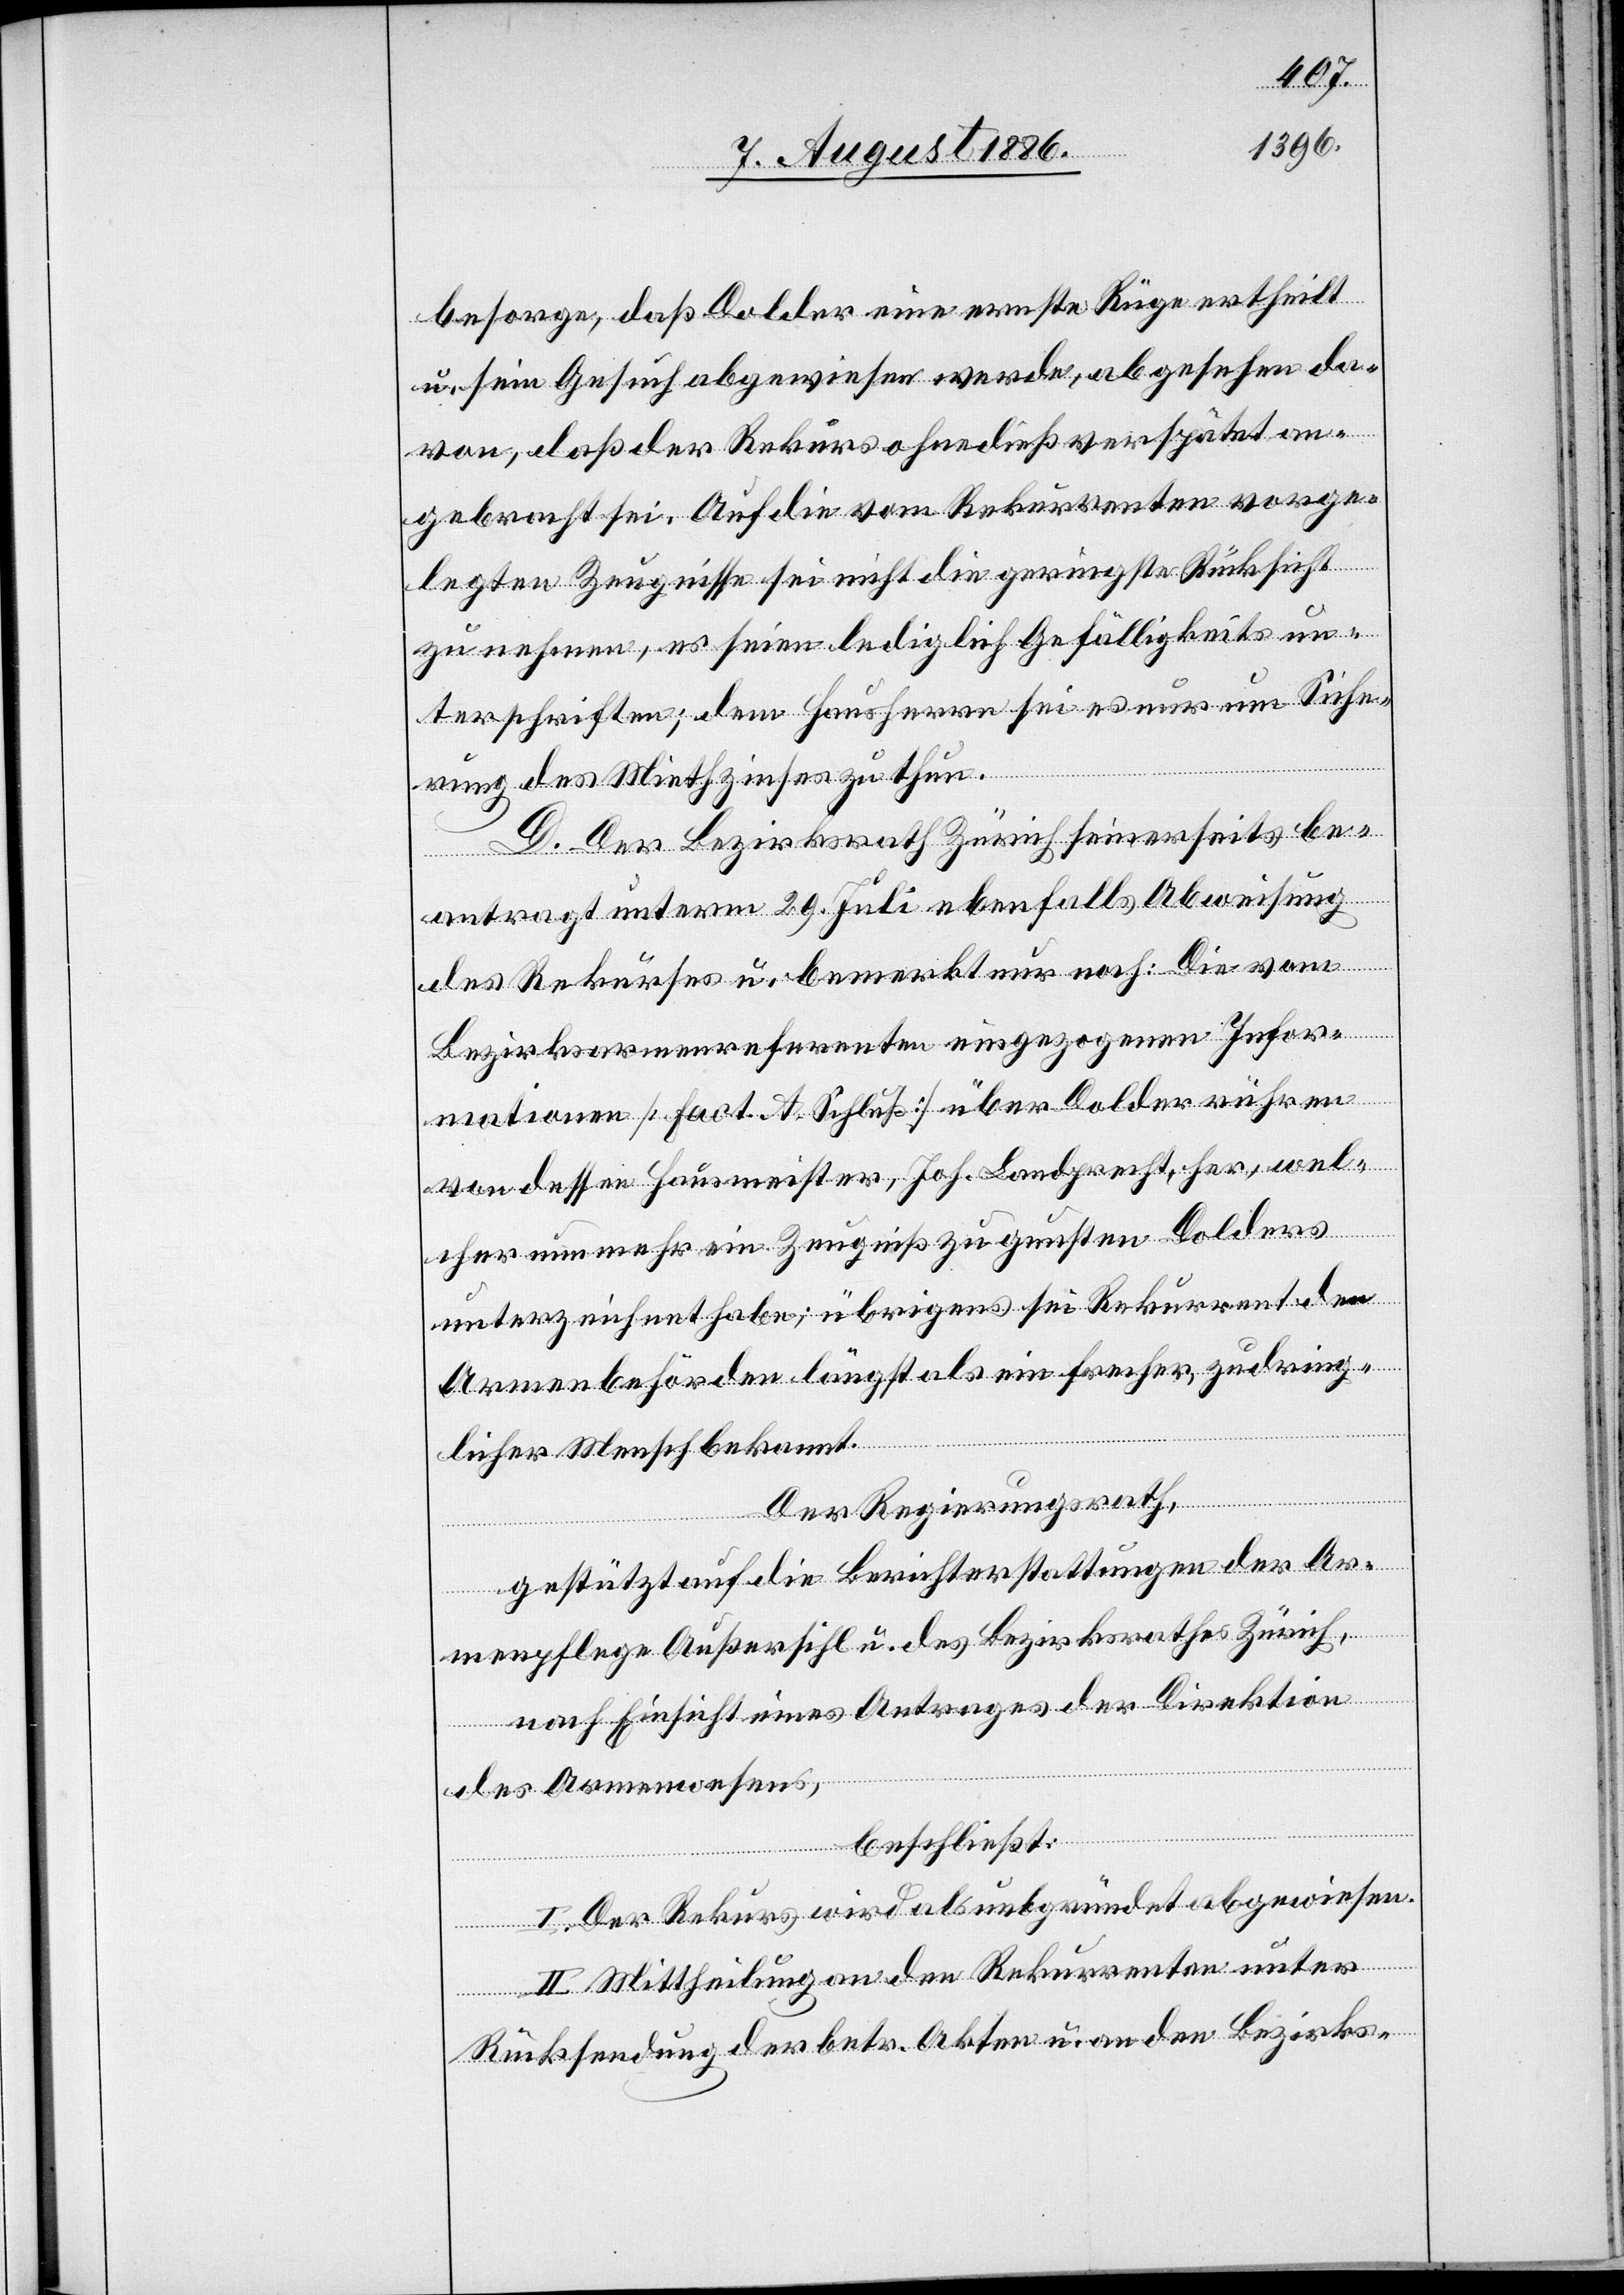
besorge, daß Dolder eine ernste Rüge ertheilt
u. sein Gesuch abgewiesen werde, abgesehen da¬
von, daß der Rekurs ohnedieß verspätet an¬
gebracht sei. Auf die vom Rekurrenten vorge¬
legten Zeugnisse sei nicht die geringste Rücksicht
zu nehmen, es seien lediglich Gefälligkeitsun¬
terschriften; dem Hausherrn sei es nur um Siche¬
rung des Miethzinses zu thun.
D. Der Bezirksrath Zürich seinerseits be¬
antragt unterm 29. Juli ebenfalls Abweisung
des Rekurses u. bemerkt nur noch: Die vom
Bezirksarmenreferenten eingezogenen Infor¬
mationen [Fact. A. Schluß] über Dolder rühren
von dessen Hausmeister, Joh. Landprecht, her, wel¬
cher nun mehr ein Zeugniß zu gunsten [recte:
unterzeichnet habe; übrigens sei Rekurrent den
Armenbehörden längst als ein frecher, zudring¬
licher Mensch bekannt.
Der Regierungsrath,
gestützt auf die Berichterstattungen der Ar¬
menpflege Außersihl u. des Bezirksrathes Zürich,
nach Einsicht eines Antrages der Direktion
des Armenwesens,
beschließt:
I. Der Rekurs wird als unbegründet abgewiesen.
II. Mittheilung an den Rekurrenten unter
Rücksendung der betr. Akten an den Bezirks-